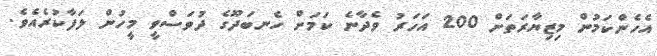
އެހެންކަމުން މިޒިޔާރަތަށް 200 އަހަރު ވެދާނެ ކަމަށް ހެނބަދޫގެ ދުވަސްވީ މީހުން ލަފާކުރެއެވެ.